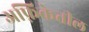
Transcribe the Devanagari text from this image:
अफ़्रिकेतील